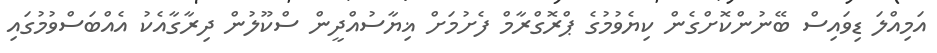
އަމިއްލަ ޑިވައިސް ބޭނުންކޮށްގެން ކިޔެވުމުގެ ޕްރޮގްރާމް ފެށުމަށް ޣިޔާސުއްދީން ސްކޫލުން ދިރާގާއެކު އެއްބަސްވުމުގައި